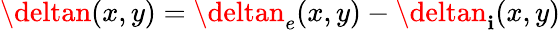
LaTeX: \deltan(x,y)=\deltan_{e}(x,y)-\deltan_{\mathbf{i}}(x,y)